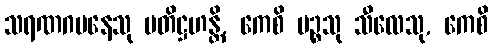
သရဏဂမနေသု ပတိဋ္ဌဟန္တိ, ကေစိ ပဉ္စသု သီလေသု, ကေစိ